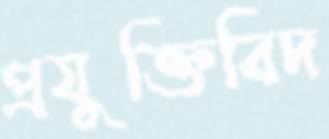
প্রযুক্তিবিদ